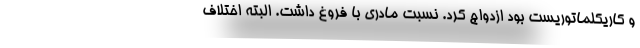
و کاریکلماتوریست بود ازدواج کرد. نسبت مادری با فروغ داشت. البته اختلاف